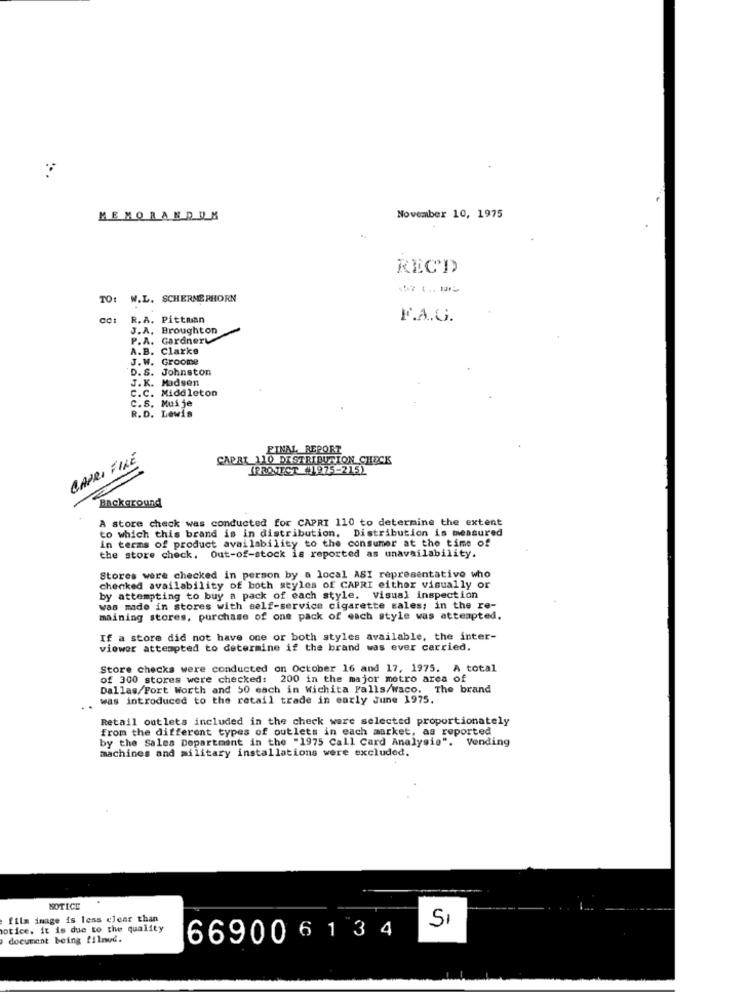
MEMORANDUM
November 10, 1975
REC'D
TO: W.L. SCHERMERHORN
R. A. Pittman
F.A .. G.
J.A. Broughton
P.A. Gardnery
A.B. Clarke
J.W. Groome
D.S. Johnston
J.K. Madsen
C.C. Middleton
C.S. Muije
R.D. Lewis
FINAL REPORT
CAPRI FILE
CAPRI 110 DISTRIBUTION CHECK
[PROJECT #1975-215)
Background
A store check was conducted for CAPRI 110 to determine the extent
to which this brand is in distribution. Distribution is measured
in terms of product availability to the consumer at the time of
the store check, Out-of-stock is reported as unavailability.
Stores were checked in person by a local ASI representativo who
checked availability of both seyles of CAPRI either visually or
by attempting to buy a pack of each style. Visual inspection
was made in stores with self-service cigarette sales; in the re-
maining stores, purchase of one pack of each style was attempted.
If a store did not have one or both styles available, the inter-
viewer attempted to determine if the brand was ever carried.
Store checks were conducted on October 16 and 17, 1975. A total
of 300 stores were checked: 200 in the major metro area of
Dallas/Fort Worth and 50 each in Wichita Falls/waco. The brand
was introduced to the retail trade in early June 1975.
Retail outlets included in the check were selected proportionately
from the different types of outlets in each market, as reported
by the Sales Department in the -1975 Call Card Analysis". Vending
machines and military installations were excluded.
NOTICE
film image is less clear than
notice. it is due to the quality
SI
document being filnud.
66900 6 1 34